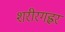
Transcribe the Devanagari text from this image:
शरीरगह्वर